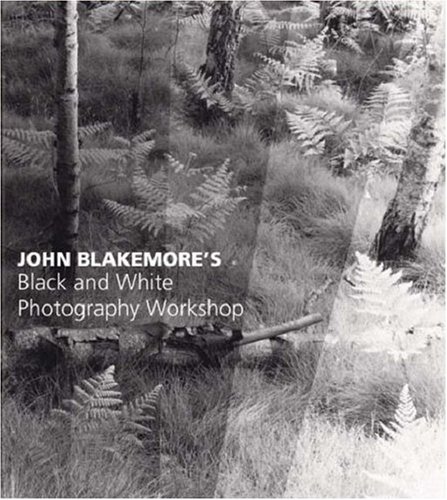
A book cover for John Blakemores Black & White Photography Workshop; John Blakemore; Arts & Photography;